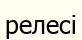
релесі